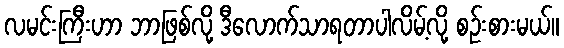
လမင်းကြီးဟာ ဘာဖြစ်လို့ ဒီလောက်သာရတာပါလိမ့်လို့ စဉ်းစားမယ်။